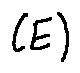
( E )